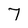
Character: 7